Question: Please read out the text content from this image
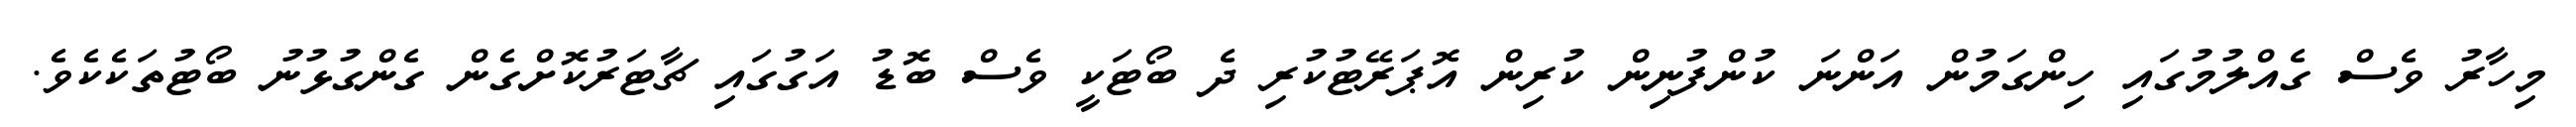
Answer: މިހާރު ވެސް ގެއްލުމުގައި ހިންގަމުން އަންނަ ކުންފުނިން ކުރިން އޮޕަރޭޓުކުރި ދެ ބޯޓަކީ ވެސް ބޮޑު އަގުގައި ޗާޓަރުކޮށްގެން ގެންގުޅުނު ބޯޓުތަކެކެވެ.